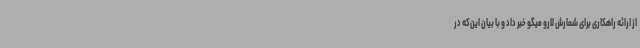
از ارائه راهکاری برای شمارش لارو میگو خبر داد و با بیان این‌که در